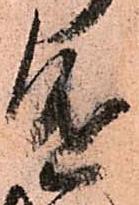
進